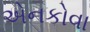
એનકોવા